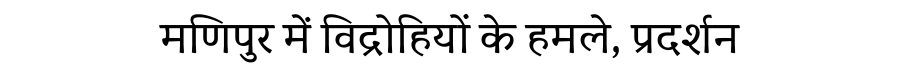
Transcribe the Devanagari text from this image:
मणिपुर में विद्रोहियों के हमले, प्रदर्शन